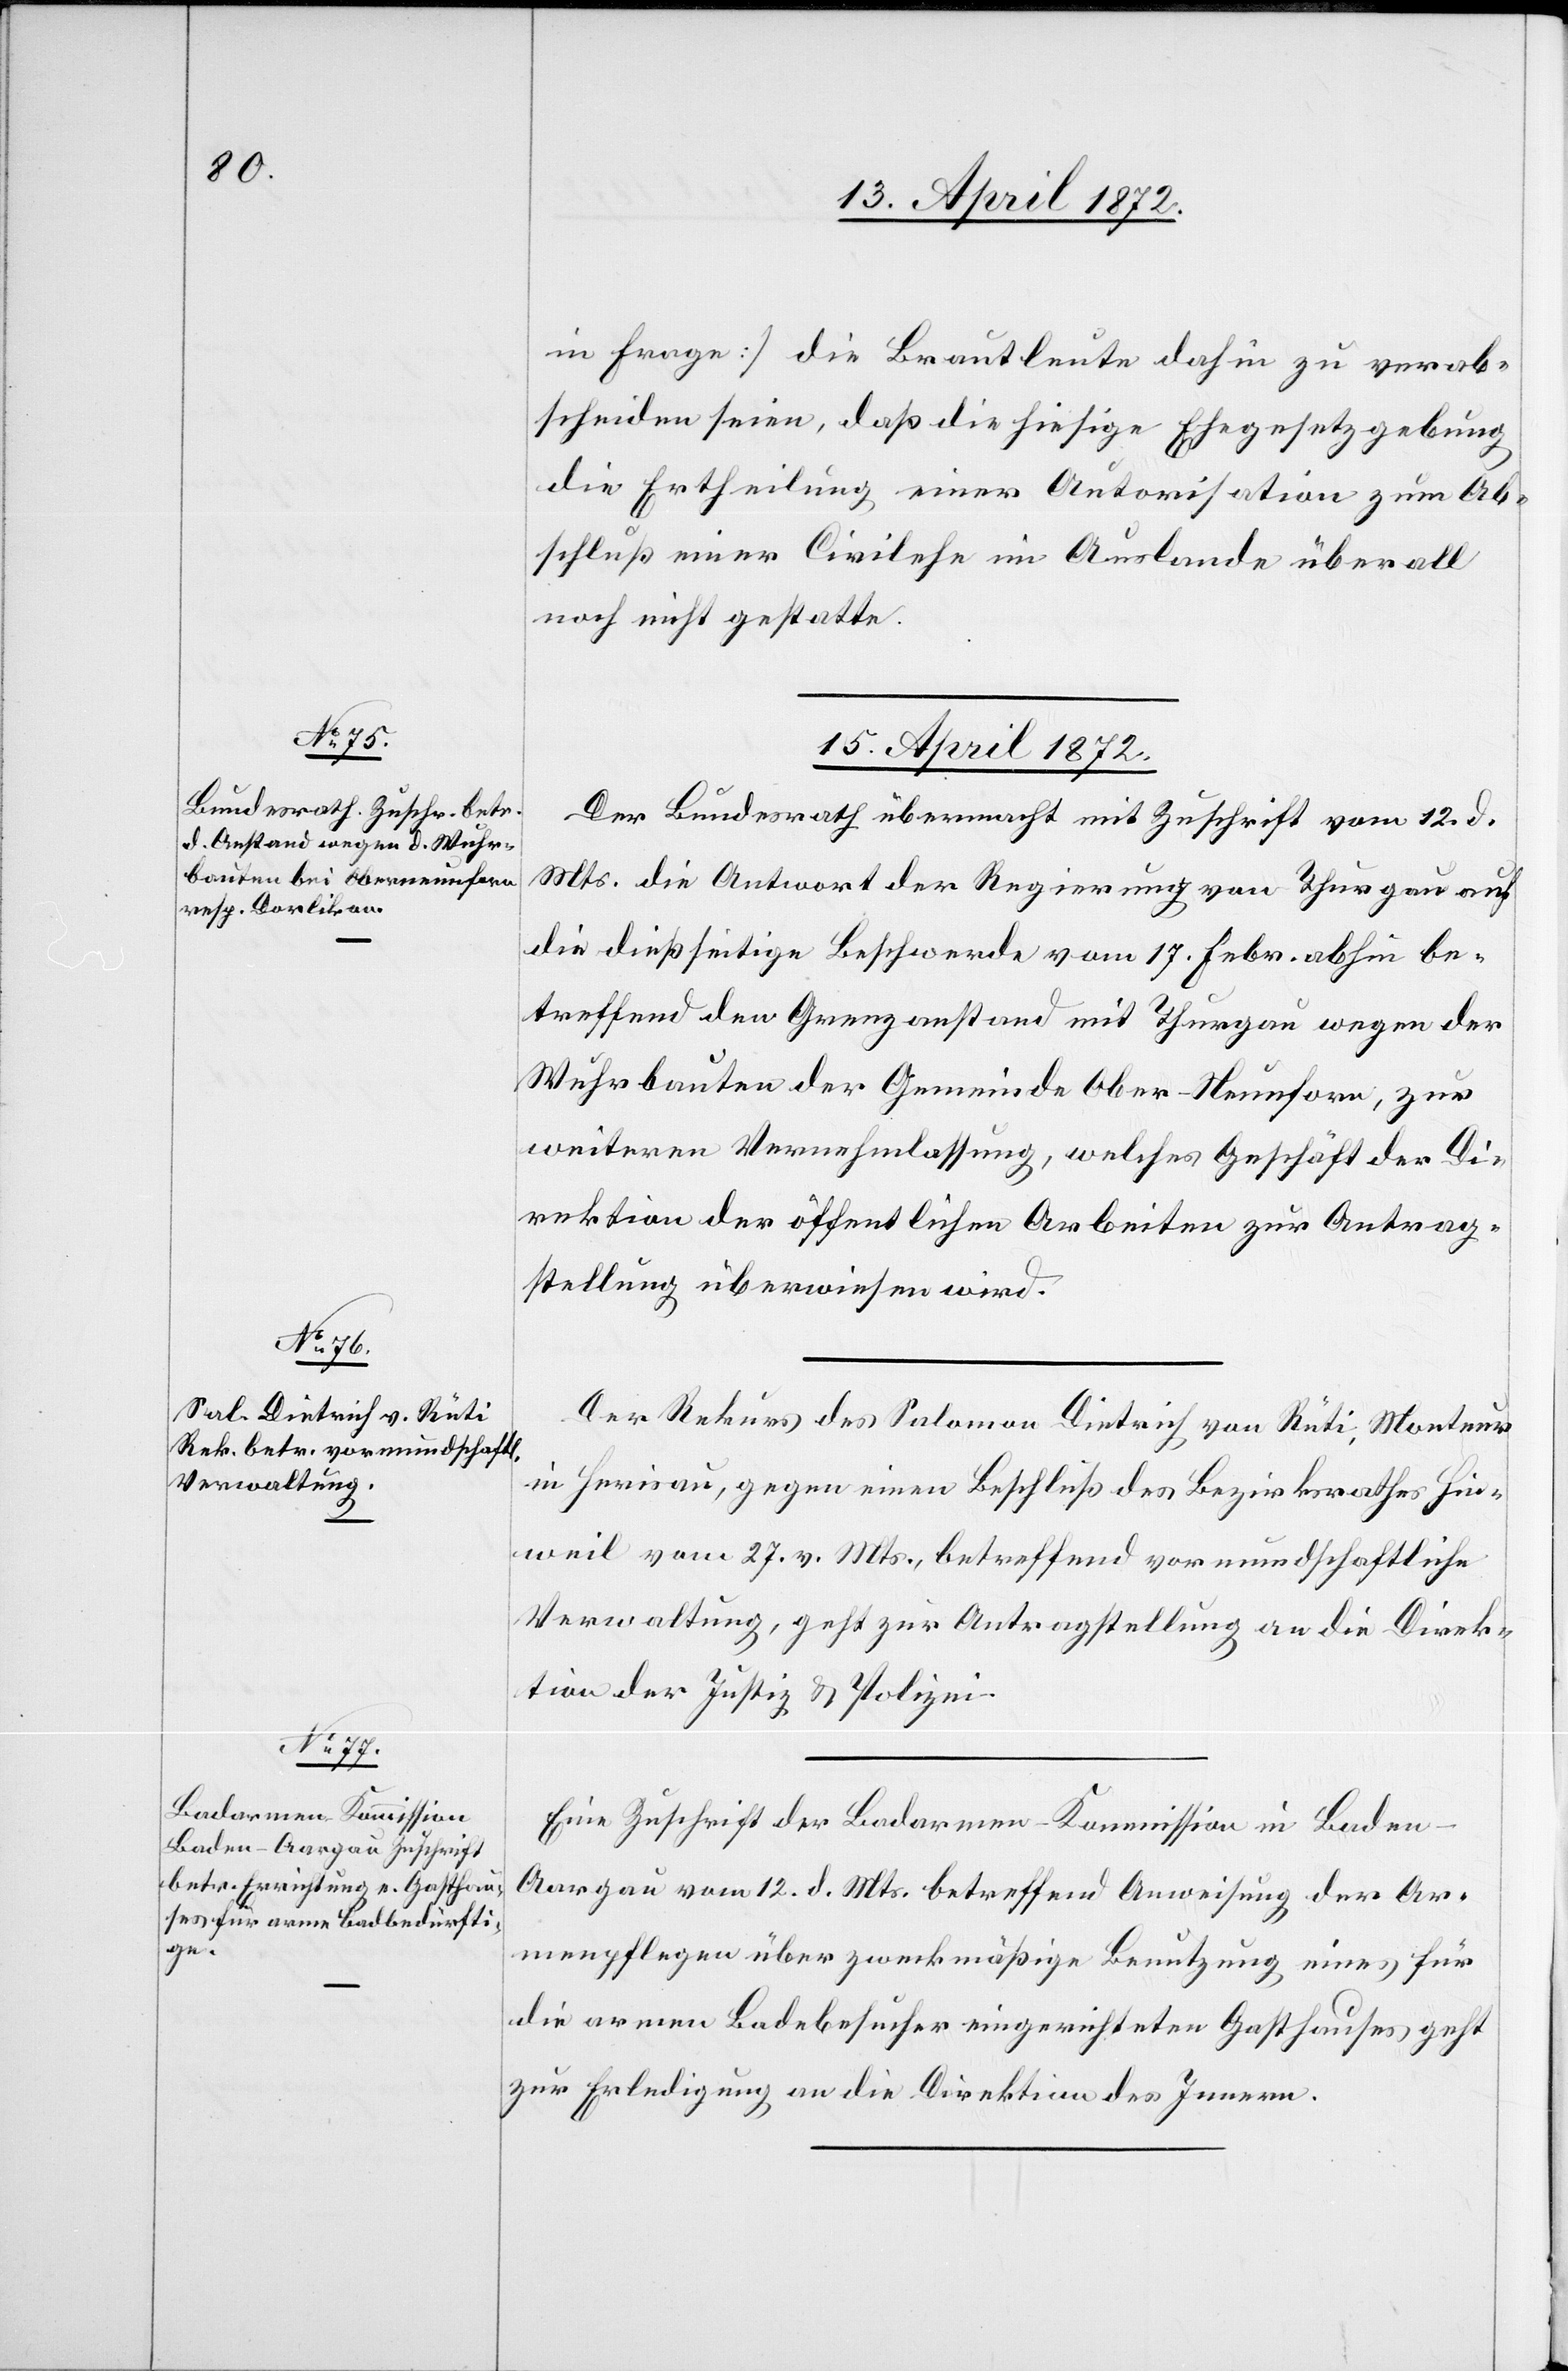
in Frage] die Brautleute dahin zu verab¬
scheiden seien, daß die hiesige Ehegesetzgebung
die Ertheilung einer Autorisation zum Ab¬
schluß einer Civilehe im Auslande überall
noch nicht gestatte.
15. April 1872.]
Der Bundesrath übermacht mit Zuschrift vom 12. d.
Mts. die Antwort der Regierung von Thurgau auf
die dießseitige Beschwerde vom 17. Febr. abhin be¬
treffend den Grenzanstand mit Thurgau wegen der
Wuhrbauten der Gemeinde Ober-Neunforn, zur
weiteren Vernehmlassung, welches Geschäft der Di¬
rektion der öffentlichen Arbeiten zur Antrag¬
stellung überwiesen wird.
Der Rekurs des Salomon Dietrich von Rüti, Monteur
in Herisau, gegen einen Beschluß des Bezirksrathes Hin¬
weil vom 27. v. Mts., betreffend vormundschaftliche
Verwaltung, geht zur Antragstellung an die Direk¬
tion der Justiz u. Polizei.
Eine Zuschrift der Badarmen-Kommission in Baden
Aargau vom 12. d. Mts. betreffend Anweisung der Ar¬
menpflegen über zweckmäßige Benutzung eines für
die armen Badebesucher eingerichteten Gasthauses geht
zur Erledigung an die Direktion des Innern.